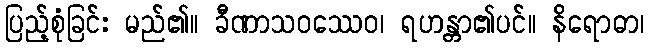
ပြည့်စုံခြင်း မည်၏။ ခီဏာသဝဿေဝ၊ ရဟန္တာ၏ပင်။ နိရောဓာ၊